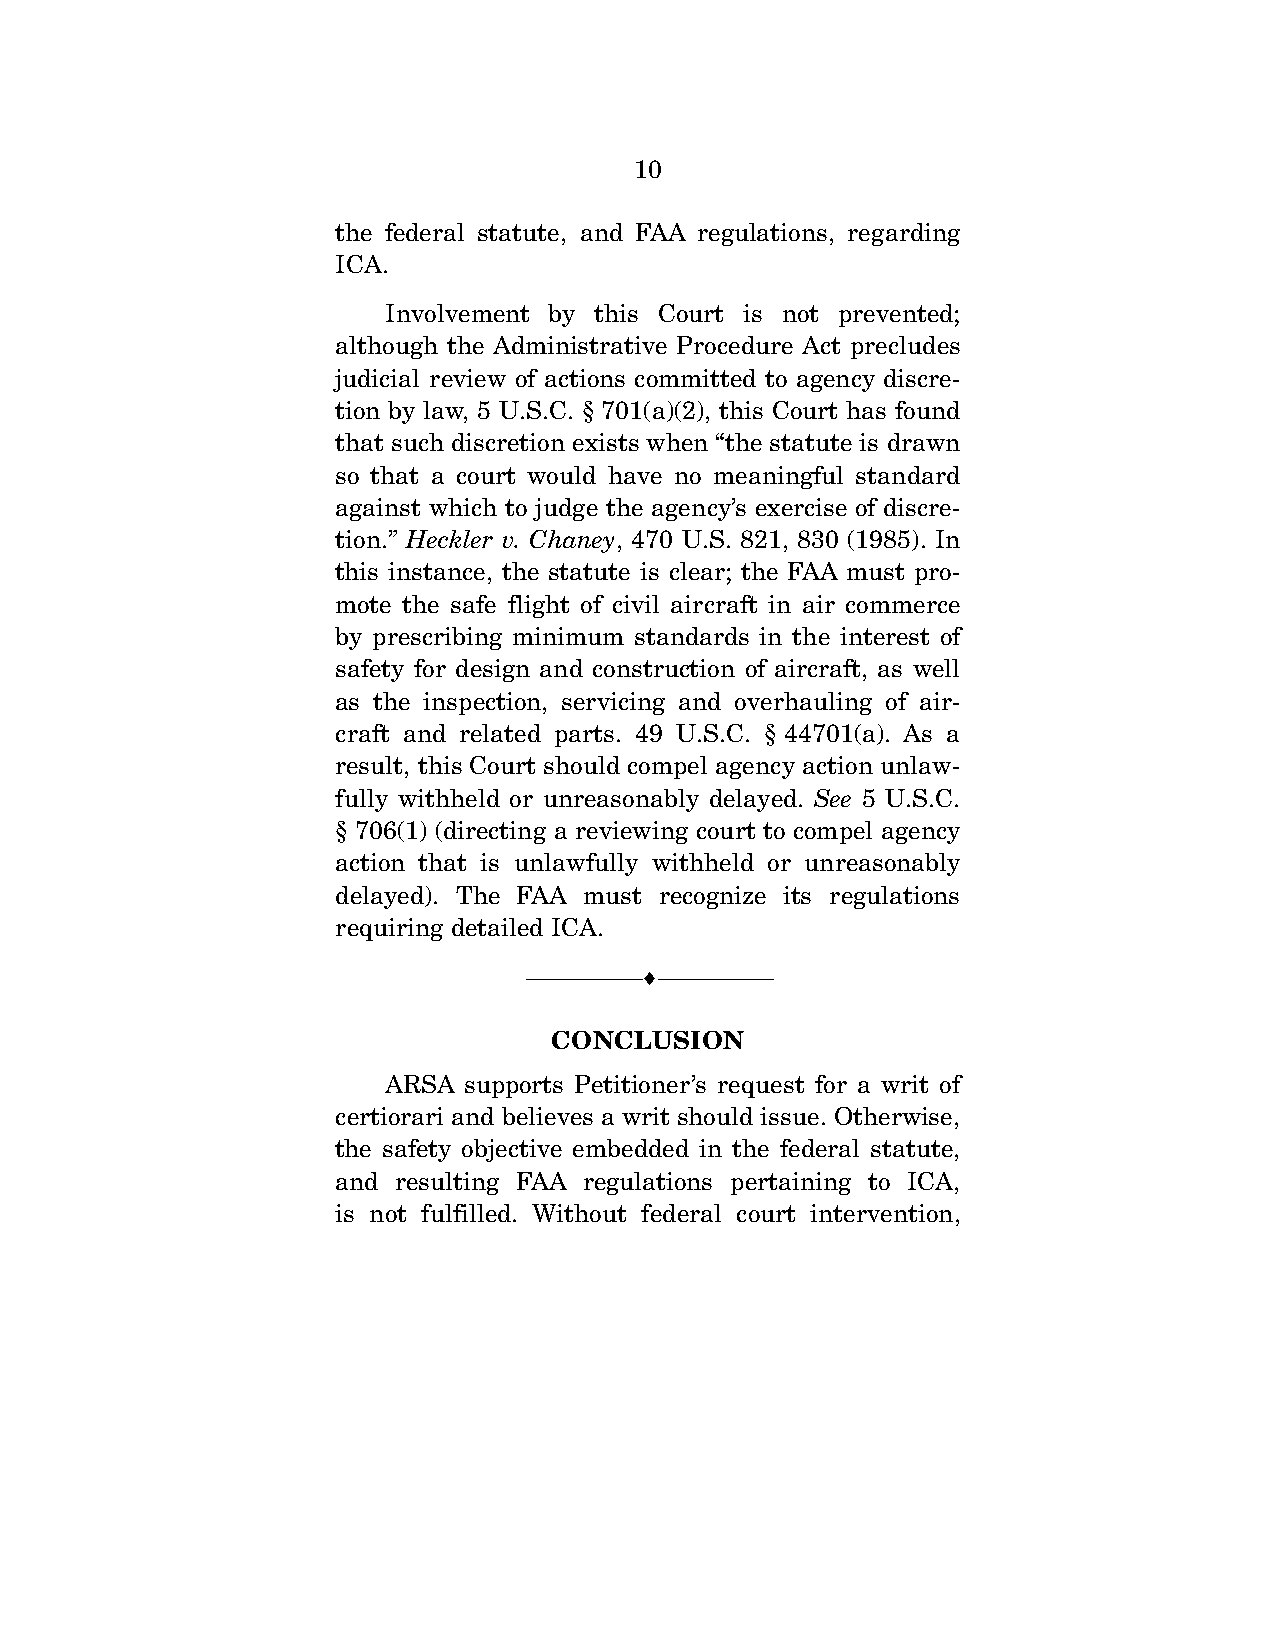
10
 the federal statute, and FAA regulations, regarding
 ICA.
 Involvement by this Court is not prevented;
 although the Administrative Procedure Act precludes
 judicial review of actions committed to agency discre-
 tion by law, 5 U.S.C. § 701(a)(2), this Court has found
 that such discretion exists when “the statute is drawn
 so that a court would have no meaningful standard
 against which to judge the agency’s exercise of discre-
 tion.” Heckler v. Chaney, 470 U.S. 821, 830 (1985). In
 this instance, the statute is clear; the FAA must pro-
 mote the safe flight of civil aircraft in air commerce
 by prescribing minimum standards in the interest of
 safety for design and construction of aircraft, as well
 as the inspection, servicing and overhauling of air-
 craft and related parts. 49 U.S.C. § 44701(a). As a
 result, this Court should compel agency action unlaw-
 fully withheld or unreasonably delayed. See 5 U.S.C.
 § 706(1) (directing a reviewing court to compel agency
 action that is unlawfully withheld or unreasonably
 delayed). The FAA must recognize its regulations
 requiring detailed ICA.
 ---------------------------------  ---------------------------------
 CONCLUSION
 ARSA supports Petitioner’s request for a writ of
 certiorari and believes a writ should issue. Otherwise,
 the safety objective embedded in the federal statute,
 and resulting FAA regulations pertaining to ICA,
 is not fulfilled. Without federal court intervention,